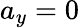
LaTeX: a_{y}=0